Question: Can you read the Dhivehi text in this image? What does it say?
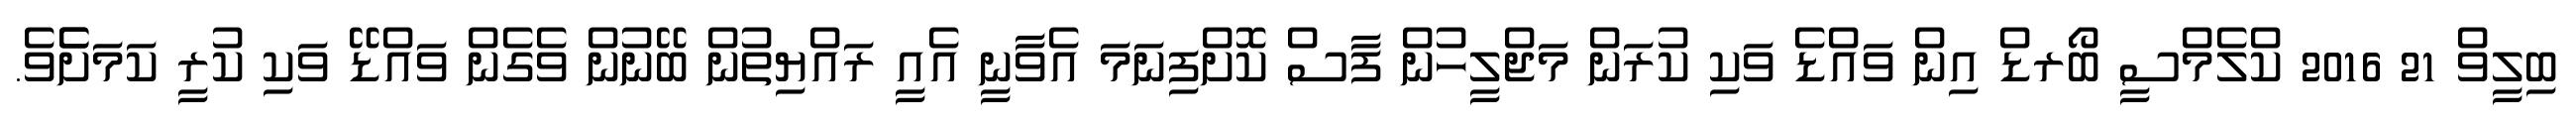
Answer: ބިލީވް 21 2016 ކްލެމްސީ ބޯރޑް އިން ވައްޑެ ވަކި ކުރަން މަޖްލީހުން ފާސް ކޮށްފިނަމަ އެވާނީ އެއީ ރައްޔިތުން ބޭނުން ވެގެން ވައްޑޭ ވަކި ކުރީ ކަމަށެެވެ.